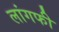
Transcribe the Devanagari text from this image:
लांगफी